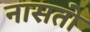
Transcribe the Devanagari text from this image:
नासतो